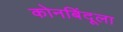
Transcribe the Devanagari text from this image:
कोनबिंदूला